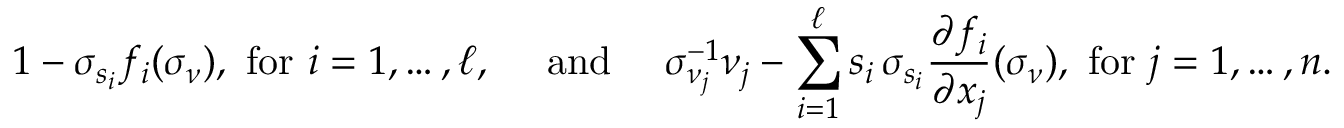
1 - \sigma _ { s _ { i } } f _ { i } ( \sigma _ { \nu } ) , \mathrm { ~ f o r ~ } i = 1 , \ldots , \ell , \quad \mathrm { ~ a n d ~ } \quad \sigma _ { \nu _ { j } } ^ { - 1 } \nu _ { j } - \sum _ { i = 1 } ^ { \ell } s _ { i } \, \sigma _ { s _ { i } } \frac { \partial f _ { i } } { \partial x _ { j } } ( \sigma _ { \nu } ) , \mathrm { ~ f o r ~ } j = 1 , \ldots , n .